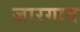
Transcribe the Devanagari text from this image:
जारगाव